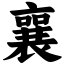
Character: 襄